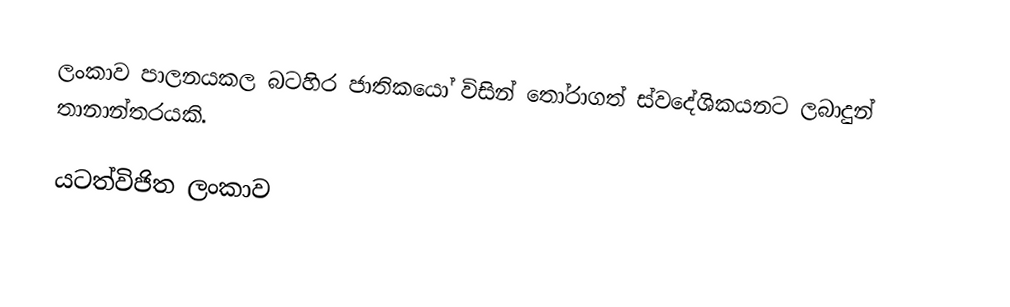
ලංකාව පාලනයකල බටහිර ජාතිකයෝ විසින් තෝරාගත් ස්වදේශිකයනට ලබාදුන් තානාන්තරයකි.

යටත්විජිත ලංකාව